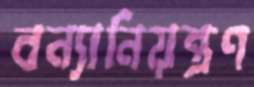
বন্যানিয়ন্ত্রণ